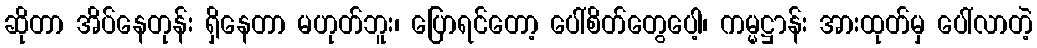
ဆိုတာ အိပ်နေတုန်း ရှိနေတာ မဟုတ်ဘူး၊ ပြောရင်တော့ ပေါ်စိတ်တွေပေါ့၊ ကမ္မဋ္ဌာန်း အားထုတ်မှ ပေါ်လာတဲ့